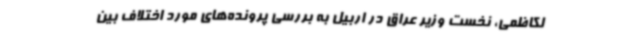
لکاظمی، نخست وزیر عراق در اربیل به بررسی پرونده‌های مورد اختلاف بین